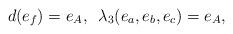
LaTeX: \begin{align*} d(e_f)=e_A, \,\,\, \lambda_3(e_a, e_b, e_c) = e_A, \end{align*}